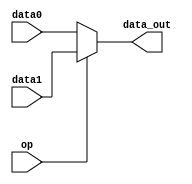
module mux2(data0, data1, data_out, op);
     input [31:0] data0, data1;
     input op;
     output [31:0] data_out;
     assign data_out = op ? data1 : data0;
endmodule